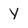
Character: Y